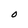
Character: O